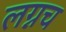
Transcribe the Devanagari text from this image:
लग्नच